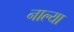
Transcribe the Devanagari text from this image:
नाल्या